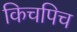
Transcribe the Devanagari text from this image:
किचपिच